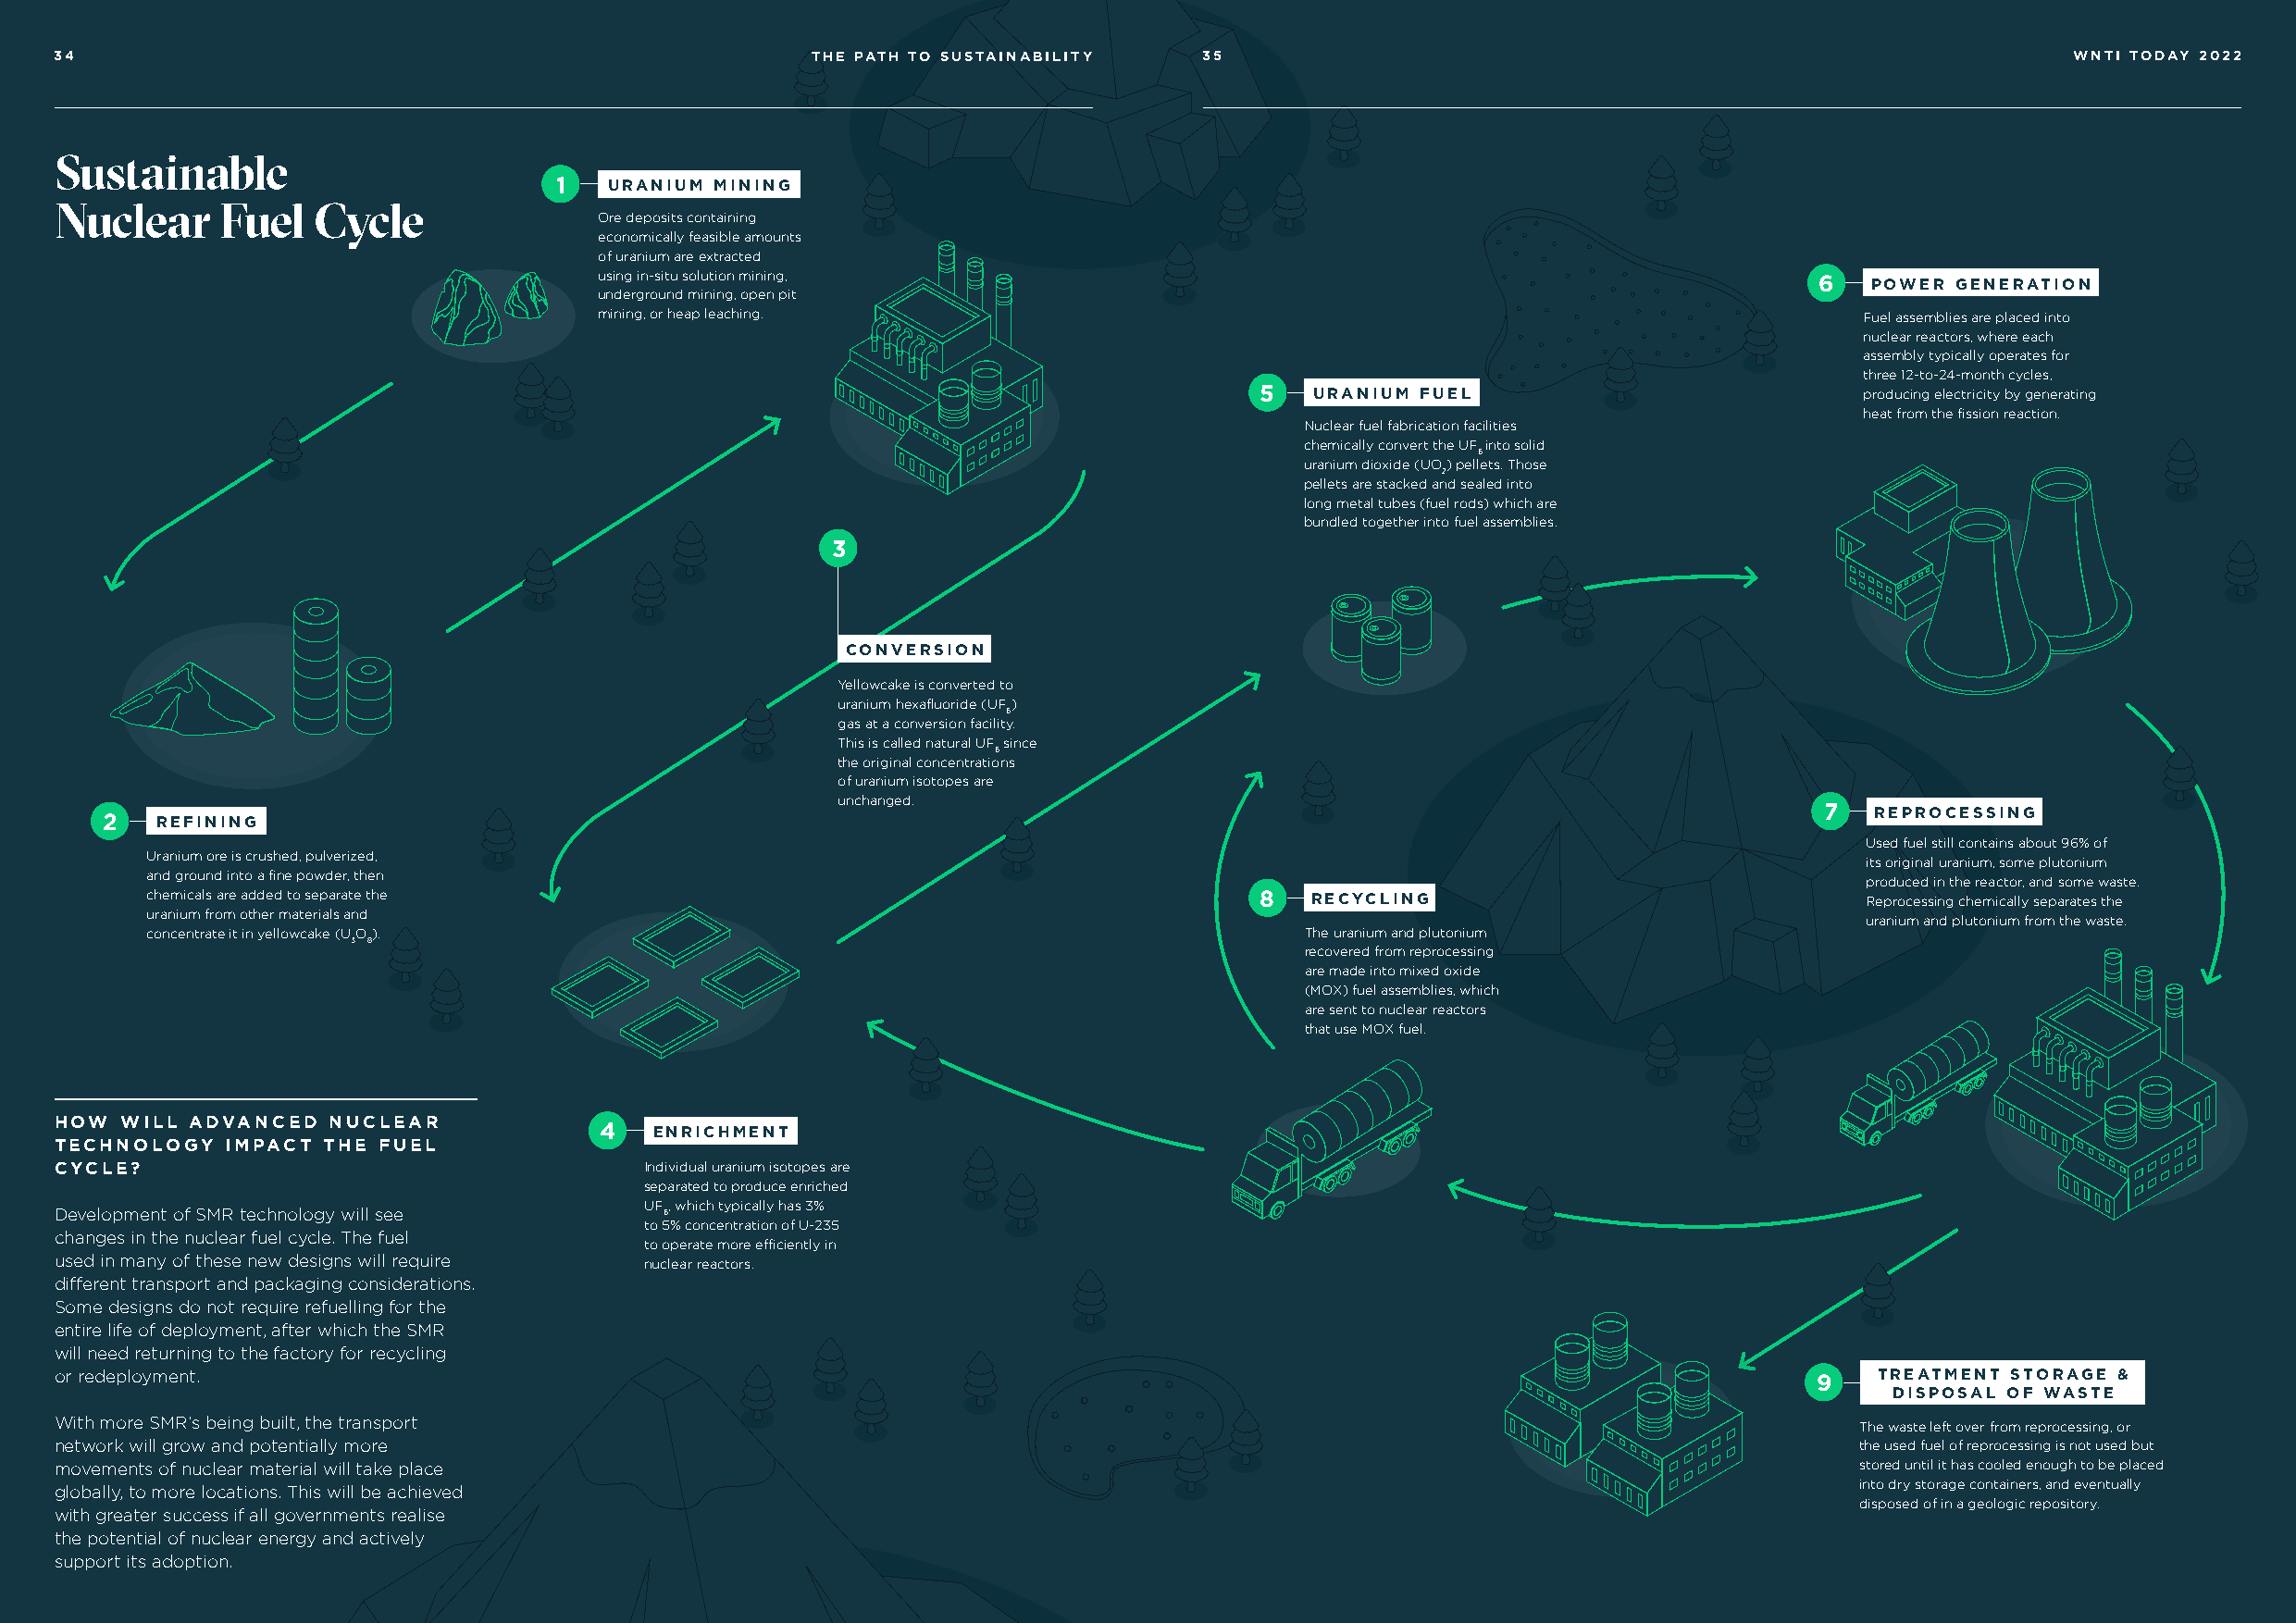
34                                                    THE PATH TO SUSTAINABILITY  35                                                            WNTI TODAY 2022
 NEW             NUCLEAR
 Sustainable
 1  URANIUM MINING
 Nuclear     Fuel  Cycle
 Ore deposits containing
 economically feasible amounts
 of uranium are extracted
 using in-situ solution mining,                                                         6   POWER GENERATION
 underground mining, open pit
 mining, or heap leaching.                                                                 Fuel assemblies are placed into
 nuclear reactors, where each
 assembly typically operates for
 three 12-to-24-month cycles,
 5   URANIUM FUEL                           producing electricity by generating
 heat from the fission reaction.
 Nuclear fuel fabrication facilities
 chemically convert the UF into solid
 6
 uranium dioxide (UO) pellets. Those
 2
 pellets are stacked and sealed into
 long metal tubes (fuel rods) which are
 bundled together into fuel assemblies.
 3
 CONVERSION
 Yellowcake is converted to
 uranium hexafluoride (UF)
 6
 gas at a conversion facility.
 This is called natural UF since
 6
 the original concentrations
 of uranium isotopes are
 unchanged.
 7   REPROCESSING
 2   REFINING
 Used fuel still contains about 96% of
 Uranium ore is crushed, pulverized,
 its original uranium, some plutonium
 and ground into a fine powder, then
 produced in the reactor, and some waste.
 chemicals are added to separate the                                             8   RECYCLING                              Reprocessing chemically separates the
 uranium from other materials and
 uranium and plutonium from the waste.
 concentrate it in yellowcake (UO).                                                 The uranium and plutonium
 3 8
 recovered from reprocessing
 are made into mixed oxide
 (MOX) fuel assemblies, which
 are sent to nuclear reactors
 that use MOX fuel.
 HOW  WILL ADVANCED  NUCLEAR
 4   ENRICHMENT
 TECHNOLOGY  IMPACT THE FUEL
 CYCLE?                                    Individual uranium isotopes are
 separated to produce enriched
 UF, which typically has 3%
 Development of SMR technology will see     6
 to 5% concentration of U-235
 changes in the nuclear fuel cycle. The fuel
 to operate more efficiently in
 used in many of these new designs will require nuclear reactors.
 different transport and packaging considerations.
 Some designs do not require refuelling for the
 entire life of deployment, after which the SMR
 will need returning to the factory for recycling
 or redeployment.                                                                                                              9   TREATMENT STORAGE &
 DISPOSAL OF WASTE
 With more SMR’s being built, the transport                                                                                       The waste left over from reprocessing, or
 network will grow and potentially more                                                                                           the used fuel of reprocessing is not used but
 movements of nuclear material will take place                                                                                    stored until it has cooled enough to be placed
 into dry storage containers, and eventually
 globally, to more locations. This will be achieved
 disposed of in a geologic repository.
 with greater success if all governments realise
 the potential of nuclear energy and actively
 support its adoption.